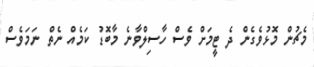
މެޗުން މޮޅުވެގެން ދެ ޓީމަށް ވެސް ހާސިލްވާނެ މާބޮޑު ކަމެއް ނެތް ނަމަވެސް